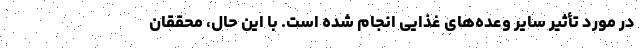
در مورد تأثیر سایر وعده‌های غذایی انجام شده است. با این حال، محققان